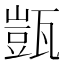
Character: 𭺤